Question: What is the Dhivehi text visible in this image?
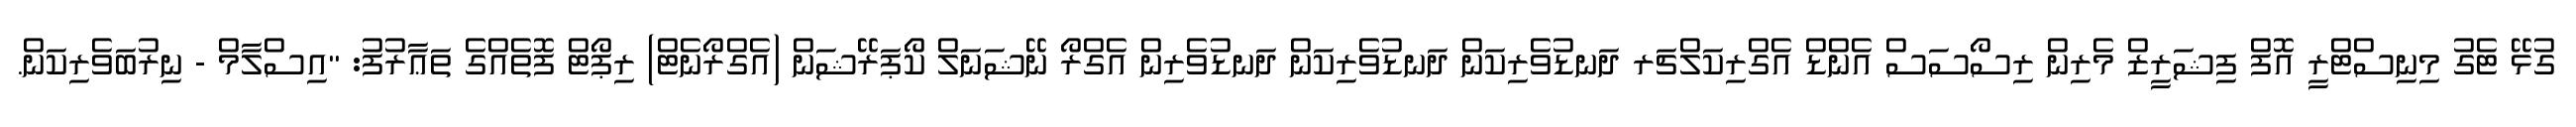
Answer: ގުޅޭ ޓެގު މިނިސްޓްރީ އޮފް ފިޝަރީޒް މެރިން ރިސޯސަސް އެންޑް އެގްރިކަލްޗަރ ދަނޑުވެރިކަން ދަނޑުވެރިކަން ދަނޑުވެރިން އެގްރޯ ނޭޝަނަލް ކޯޕަރޭޝަން (އެގްރޯނެޓް) ރިޕޯޓް ފޮތެއްގެ ތަޢާރުފު: "އިސްލާމް - ނިރުބަވެރިކަން.